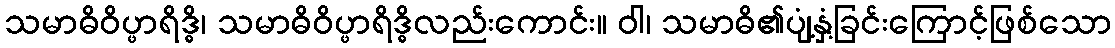
သမာဓိဝိပ္ဖာရိဒ္ဓိ၊ သမာဓိဝိပ္ဖာရိဒ္ဓိလည်းကောင်း။ ဝါ၊ သမာဓိ၏ပျံ့နှံ့ခြင်းကြောင့်ဖြစ်သော